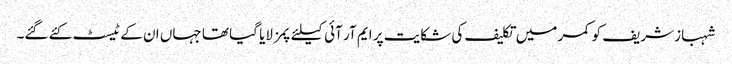
شہباز شریف کو کمر میں تکلیف کی شکایت پر ایم آر آئی کیلئے پمز لایا گیا تھا جہاں ان کے ٹیسٹ کئے گئے۔